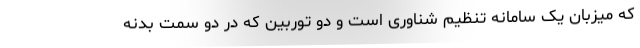
که میزبان یک سامانه تنظیم شناوری است و دو توربین که در دو سمت بدنه